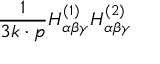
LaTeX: { \frac { 1 } { 3 k \cdot p } } H _ { \alpha \beta \gamma } ^ { ( 1 ) } H _ { \alpha \beta \gamma } ^ { ( 2 ) }